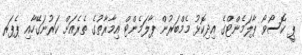
ޕީ ކޮސޯވޯ ޕާލަމެންޓްގެ އިދިކޮޅު މެމްބަރުން ޕާލަމެންޓް އިމާރާތުގެ ތެރެއަށް ކަރުނަގޭހާއި ޕެޕަރ